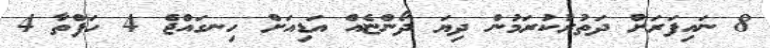
8 ނައިފަރަށް ދަތުރުކުރަމުން ދިޔަ ދޯންޏެއް އަޑިއަށް ހިނގައްޖެ 4 ހަފްތާ 4